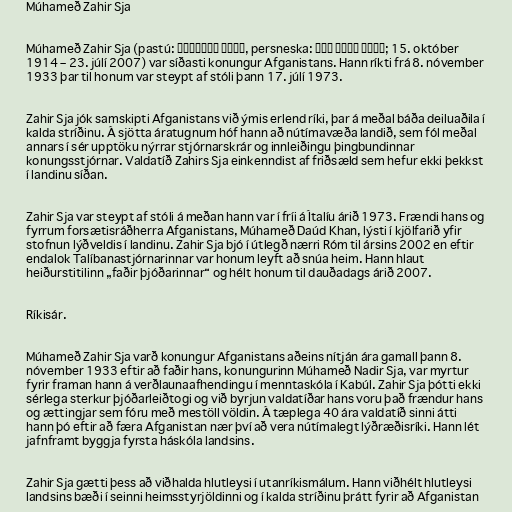
Múhameð Zahir Sja

Múhameð Zahir Sja (pastú: محمد ظاهرشاه, persneska: محمد ظاهر شاه‎; 15. október
1914 – 23. júlí 2007) var síðasti konungur Afganistans. Hann ríkti frá 8. nóvember
1933 þar til honum var steypt af stóli þann 17. júlí 1973.

Zahir Sja jók samskipti Afganistans við ýmis erlend ríki, þar á meðal báða deiluaðila í
kalda stríðinu. Á sjötta áratugnum hóf hann að nútímavæða landið, sem fól meðal
annars í sér upptöku nýrrar stjórnarskrár og innleiðingu þingbundinnar
konungsstjórnar. Valdatíð Zahirs Sja einkenndist af friðsæld sem hefur ekki þekkst
í landinu síðan.

Zahir Sja var steypt af stóli á meðan hann var í fríi á Ítalíu árið 1973. Frændi hans og
fyrrum forsætisráðherra Afganistans, Múhameð Daúd Khan, lýsti í kjölfarið yfir
stofnun lýðveldis í landinu. Zahir Sja bjó í útlegð nærri Róm til ársins 2002 en eftir
endalok Talíbanastjórnarinnar var honum leyft að snúa heim. Hann hlaut
heiðurstitilinn „faðir þjóðarinnar“ og hélt honum til dauðadags árið 2007.

Ríkisár.

Múhameð Zahir Sja varð konungur Afganistans aðeins nítján ára gamall þann 8.
nóvember 1933 eftir að faðir hans, konungurinn Múhameð Nadir Sja, var myrtur
fyrir framan hann á verðlaunaafhendingu í menntaskóla í Kabúl. Zahir Sja þótti ekki
sérlega sterkur þjóðarleiðtogi og við byrjun valdatíðar hans voru það frændur hans
og ættingjar sem fóru með mestöll völdin. Á tæplega 40 ára valdatíð sinni átti
hann þó eftir að færa Afganistan nær því að vera nútímalegt lýðræðisríki. Hann lét
jafnframt byggja fyrsta háskóla landsins.

Zahir Sja gætti þess að viðhalda hlutleysi í utanríkismálum. Hann viðhélt hlutleysi
landsins bæði í seinni heimsstyrjöldinni og í kalda stríðinu þrátt fyrir að Afganistan